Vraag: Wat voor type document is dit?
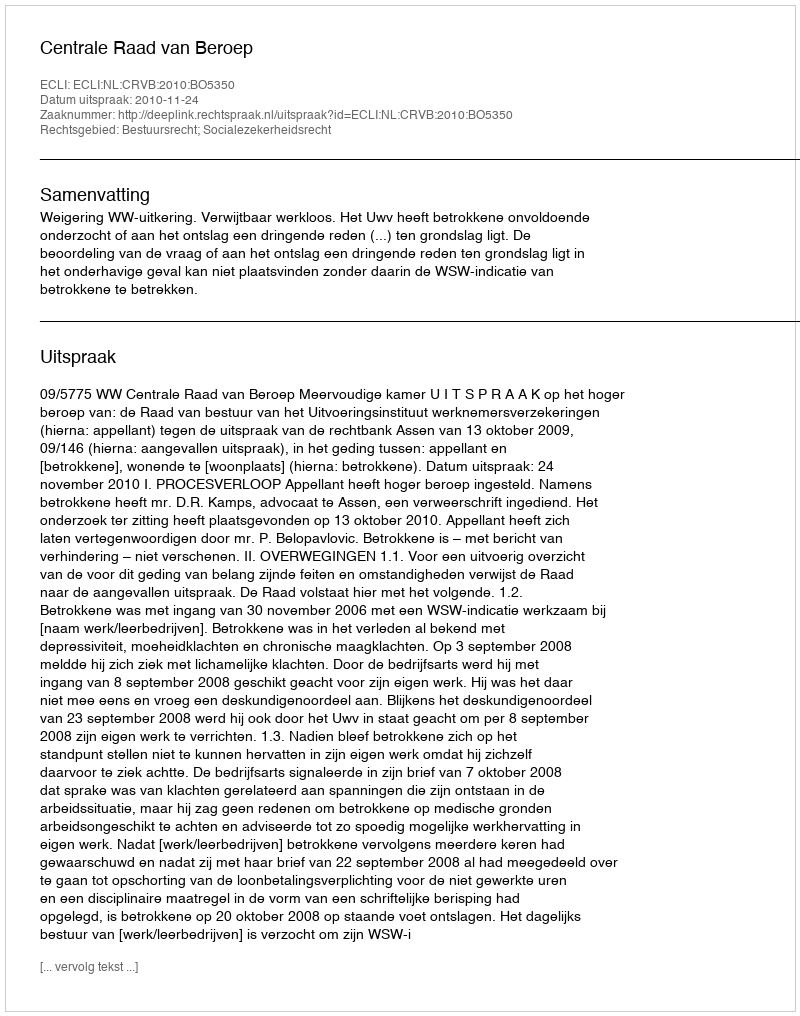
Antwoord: Uitspraak